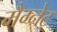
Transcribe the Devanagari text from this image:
मैग्नेट्